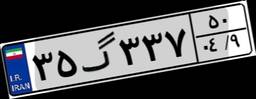
۳۵گ۳۳۷۵۰